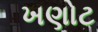
ખણોટ